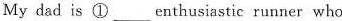
My dad is ①___enthusiastic runner who